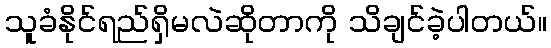
သူခံနိုင်ရည်ရှိမလဲဆိုတာကို သိချင်ခဲ့ပါတယ်။